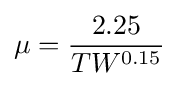
\mu ={\frac {2.25}{TW^{0.15}}}